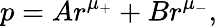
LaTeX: p=Ar^{\mu_{+}}+Br^{\mu_{-}},